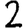
Digit: 2